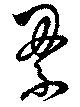
累